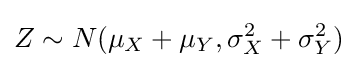
Z\sim N(\mu _{X}+\mu _{Y},\sigma _{X}^{2}+\sigma _{Y}^{2})